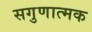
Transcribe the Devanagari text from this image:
सगुणात्मक